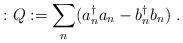
LaTeX: \begin{align*}:Q:=\sum_n(a_n^{\dagger}a_n-b_n^{\dagger}b_n)\;.\end{align*}